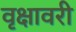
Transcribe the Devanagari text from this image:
वृक्षावरी